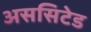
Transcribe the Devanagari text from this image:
अससिटेड